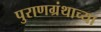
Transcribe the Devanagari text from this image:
पुराणग्रंथाच्या